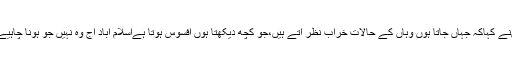
انہوںنے کہاکہ جہاں جاتا ہوں وہاں کے حالات خراب نظر آتے ہیں،جو کچھ دیکھتا ہوں افسوس ہوتا ہےاسلام آباد آج وہ نہیں جو ہونا چاہیے تھا۔